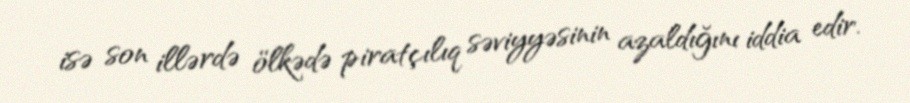
isə son illərdə ölkədə piratçılıq səviyyəsinin azaldığını iddia edir.